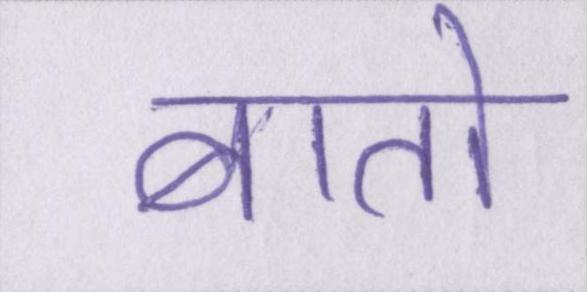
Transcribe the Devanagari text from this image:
बातो